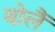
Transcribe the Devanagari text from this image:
बोलैं